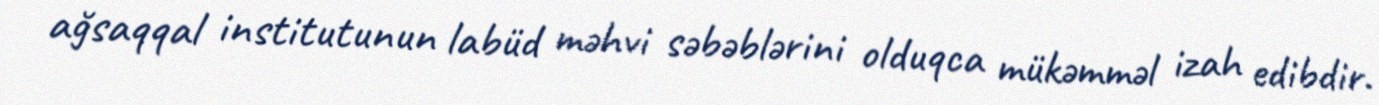
ağsaqqal institutunun labüd məhvi səbəblərini olduqca mükəmməl izah edibdir.